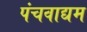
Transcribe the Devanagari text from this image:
पंचवाद्यम